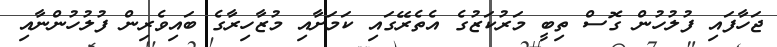
ޖަހާފައި ފުލުހުން ގޮސް ތިބީ މަރުކަޒުގެ އެތެރޭގައި ކަމަށާއި މުޒާހިރާގެ ބައިވެރިން ފުލުހުންނާއި